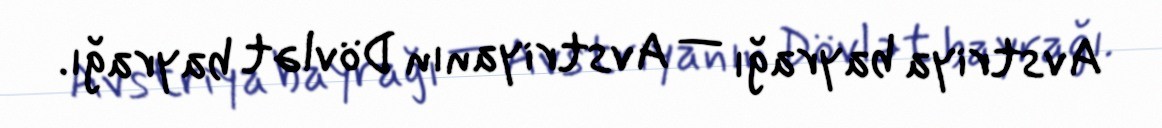
Avstriya bayrağı — Avstriyanın Dövlət bayrağı.